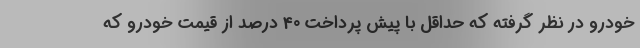
خودرو در نظر گرفته که حداقل با پیش پرداخت 40 درصد از قیمت خودرو که